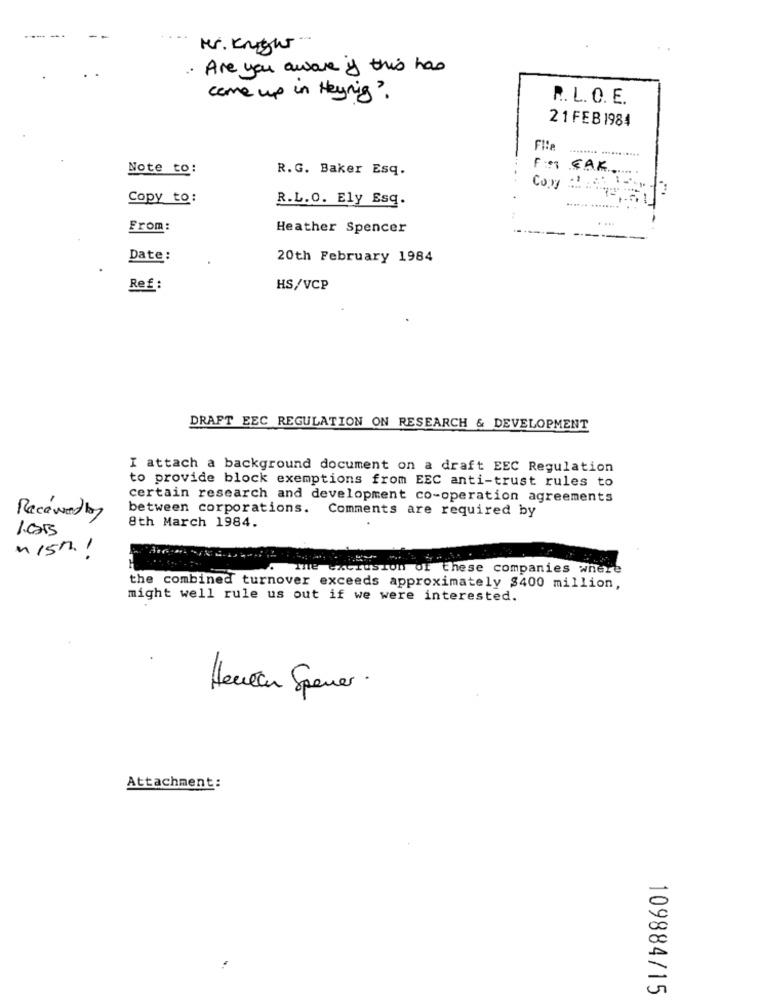
Mr. Knight ...
. Are you aware if this has
come up in Heyning?
R. L. O. E.
2 1 FEB 1984
File
Note to:
R.G. Baker Esq.
For CAK
Com
Copy to:
R.L.O. Ely Esq.
..... +
....... . .
From:
Heather Spencer
Date:
20th February 1984
Ref:
HS/VCP
DRAFT EEC REGULATION ON RESEARCH & DEVELOPMENT
I attach a background document on a draft EEC Regulation
to provide block exemptions from EEC anti-trust rules to
certain research and development co-operation agreements
between corporations. Comments are required by
Recawedby
1.05
8th March 1984.
n/57.1
The exclusion of these companies where
the combined turnover exceeds approximately $400 million,
might well rule us out if we were interested.
Heulen Spencer .
Attachment:
109884/15